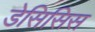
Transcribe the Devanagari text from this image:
डेसिसिस